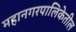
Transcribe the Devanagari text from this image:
महानगरपालिकेतील